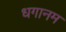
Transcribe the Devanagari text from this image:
धगानम